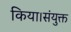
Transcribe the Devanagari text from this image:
किया।संयुक्त